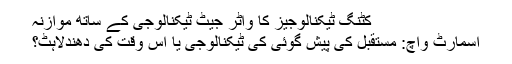
کٹنگ ٹیکنالوجیز کا واٹر جیٹ ٹیکنالوجی کے ساتھ موازنہ
اسمارٹ واچ: مستقبل کی پیش گوئی کی ٹیکنالوجی یا اس وقت کی دھندلاہٹ؟